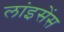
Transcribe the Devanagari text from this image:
लांइसेंस